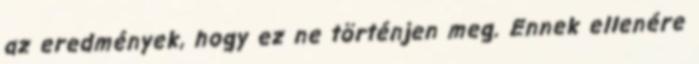
az eredmények, hogy ez ne történjen meg. Ennek ellenére